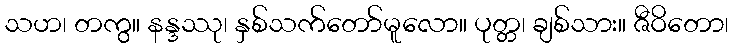
သဟ၊ တကွ။ နန္ဒဿု၊ နှစ်သက်တော်မူလော။ ပုတ္တ၊ ချစ်သား။ ဇီဝိတော၊